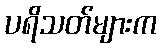
ပရိသတ်များက